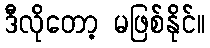
ဒီလိုတော့ မဖြစ်နိုင်။